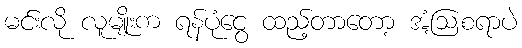
မင်းလို လူမျိုးက ရန်ပုံငွေ ထည့်တာတော့ အံ့ဩစရာပဲ